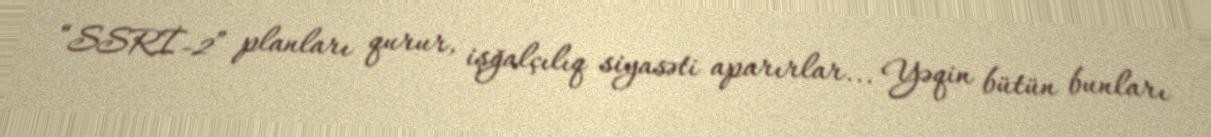
“SSRİ-2” planları qurur, işğalçılıq siyasəti aparırlar... Yəqin bütün bunları